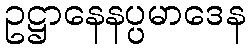
ဥဋ္ဌာနေနပ္ပမာဒေန